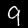
Label: 9